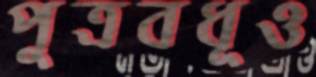
পুত্রবধূও